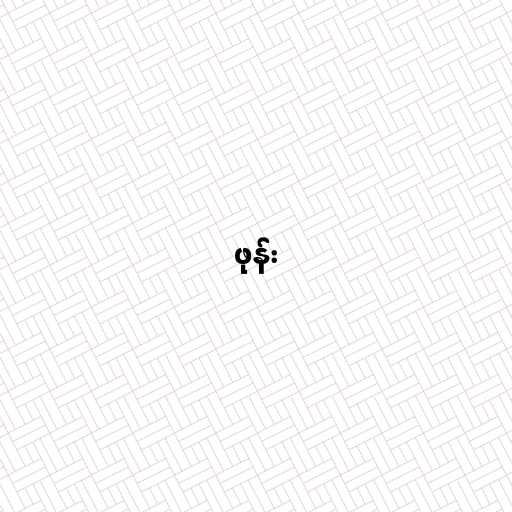
ဖုန်း